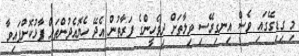
މި ގިޑިގޭގައި ވެސް އިނގިރޭސި ވިލާތަށް ދިވެހީންގެ ފަރާތުން އެދޭ ހެޔޮއެދުންތައް ފާޅުކޮށްފައިވާ